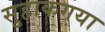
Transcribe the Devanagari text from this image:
सुहाकगया